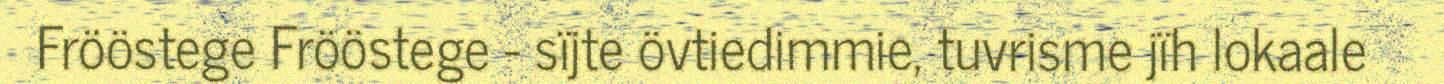
Frööstege Frööstege - sïjte övtiedimmie, tuvrisme jïh lokaale